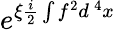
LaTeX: e^{\xi\frac{i}2\int f^{2}d^{\, 4}x}